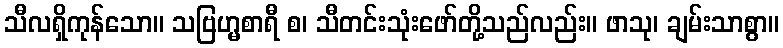
သီလရှိကုန်သော။ သဗြဟ္မစာရီ စ၊ သီတင်းသုံးဖော်တို့သည်လည်း။ ဖာသု၊ ချမ်းသာစွာ။